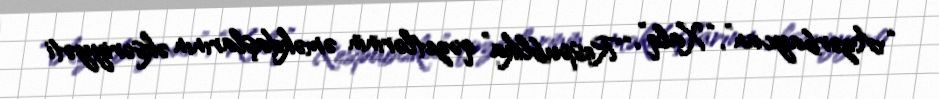
“Azərbaycan”, “Xalq”, “Respublika” qəzetlərinin əməkdaşlarının əksəriyyəti